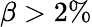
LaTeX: \beta>2\%